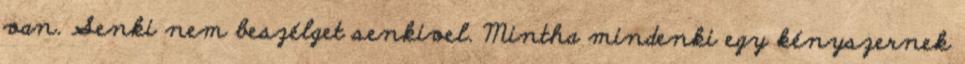
van. Senki nem beszélget senkivel. Mintha mindenki egy kényszernek